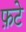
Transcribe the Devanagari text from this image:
फ़टे